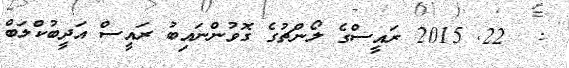
:  22